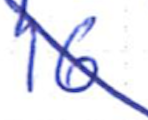
Text: 16
Cross-out: diagonal
Writing tool: ballpoint